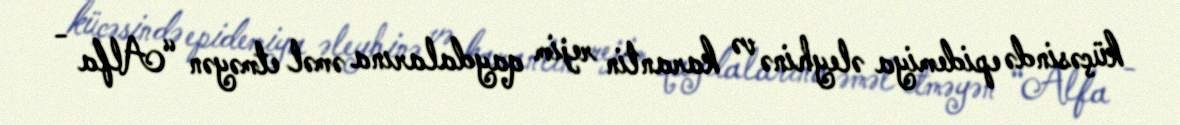
küçəsində epidemiya əleyhinə və karantin rejim qaydalarına əməl etməyən “Alfa -